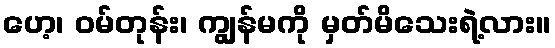
ဟေ့၊ ဝမ်တုန်း၊ ကျွန်မကို မှတ်မိသေးရဲ့လား။